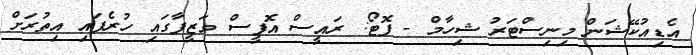
އެޑިއުކޭޝަން މިނިސްޓަރު ޝިހާމް - ފޮޓޯ: ރައީސް އޮފީސް ވަޒީފާގައި ހުރެފައި އިތުރަށް